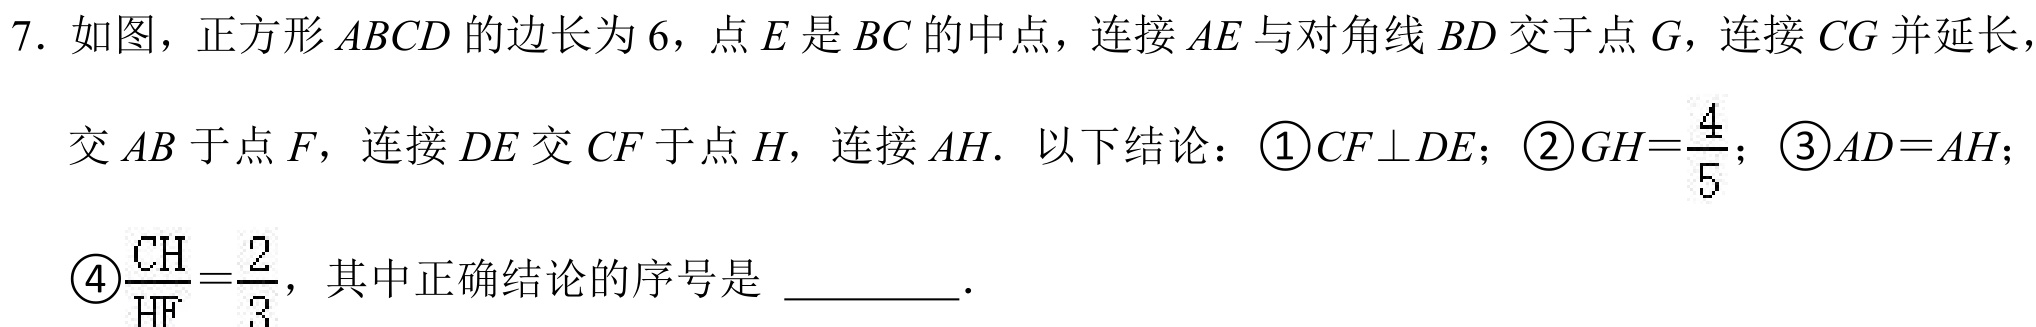
7. 如图，正方形$ABCD$的边长为$6$，点$E$是$BC$的中点，连接$AE$与对角线$BD$交于点$G$，连接$CG$并延长，
交$AB$于点$F$，连接$DE$交$CF$于点$H$，连接$AH$．以下结论：$\textcircled{1}CF\perp DE$；$\textcircled{2}GH = \dfrac{4}{5}$；$\textcircled{3}AD = AH$；
$\textcircled{4}\dfrac{CH}{HF}=\dfrac{2}{3}$，其中正确结论的序号是 _________．